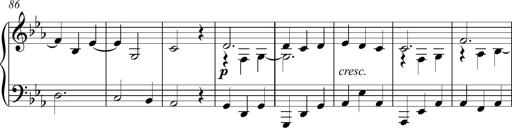
Title: Piano Sonatina in C
Composer: Daniel LÃ©o Simpson
Key: C major